Leaving Certificate Examination, 1904
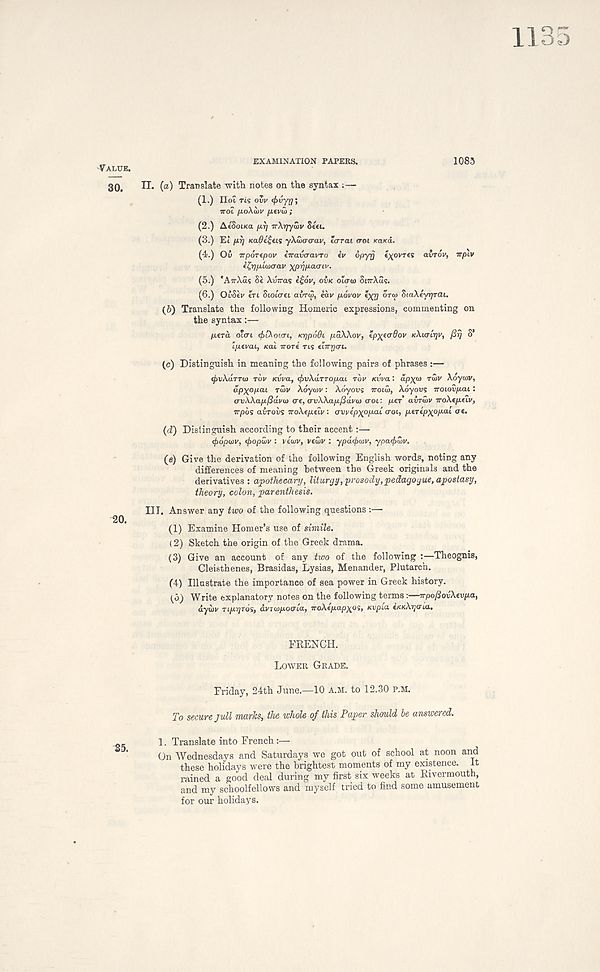
1135
VALUE.
EXAMINATION PAPERS.
1083
30,
II. [a) Translate with notes on the syntax ;—
(1.) IIoI ris ow
;
■not fxoXwv fiivui;
(2.) AcSoiKa /xrj Tr\riyu>v Seei.
(3.) Ei fir/ Ka0e£as y\Qxro-av, tcrrai croi raxa.
(4.) Ou trpoTtpov hravcravTo iv opyj) t^ovres avrov, irpLV
itr^pLuiaav xprjp.a(nv.
(5.) 'ATrXas Se Av—as i£6v, OVK otcra) SMTAUS.
(6.) OvBev eri Stoicret avrw, eav povov t^r] or<u SiaAeyijrai.
(6) Translate the following Homeric expressions, commenting on
the syntax:—
jacrct otcri rf>[Xot.(ri, tcppodi p-aWov, tpytadov KXUTCTJV, fir} S’
ipevai, KOI Trore ns tirryai.
(c)
Distinguish in m
<j)v\aTTtt) TOP Kvva, ffjvXuTTOpai TOP Kvva: apX°> raip Xoytov,
apxopai TUV Adyojp: Adyoos Trotai, Adyous Troiovpai:
av\Xapfiavo> <re, av\Xap.fia.v(o croi: juer’ axnSiv iroXtpftv,
irpbs CLVTOVS TroXtpetv : avvtpxopat croi., ptrtpxopai cr«.
(d) Distinguish according to their accent:—
<£dpu)P, cfropwv : vewv, vewv : ypacfrorv, yparfrwv.
(e) Give the derivation of the following English words, noting any
differences of meaning between the Greek originals and the
derivatives : apothecary, liturgy, prosody,pe&agoyue, apostasy,
theory, colon, parenthesis.
III. Answer any two of the following questions :—
(1) Examine Homer’s use of simile.
(2) Sketch the origin of the Greek drama.
(3) Give an account of any two of the following :—Theognis,
Cleisthenes, Brasidas, Lysias, Menander, Plutarch.
(4) Illustrate the importance of sea power in Greek history.
(5) Write explanatory notes on the following terms:—wpofiovXcvpa,
dyd)P TI/X7JTOS, dpTW/xotria, iroAc/rap^os, Kvpia. eKshyaia.
FRENCH.
LOWER GRADE.
Friday, 24th June.—10 A.M. to 12.30 P.M.
To secure jull marks, the whole of this Paper should he answered.
1. Translate into French:—
On Wednesdays and Saturdays we got out of school at noon and
these holidays were the brightest moments of my existence. It
rained a good deal during my first six weeks at Rivermouth,
and my schoolfellows and myself tried to find some amusement
for our holidays.